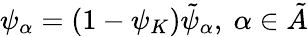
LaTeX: \psi_{\alpha}=(1-\psi_{K})\tilde{\psi}_{\alpha},~\alpha\in\tilde{A}